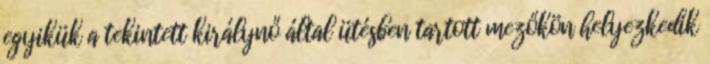
egyikük a tekintett királynő által ütésben tartott mezőkön helyezkedik